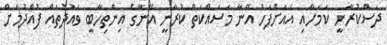
ދަސްކުރާނީ ކަމަށާއި އެއަށްފަހު އޭނާ މަސައްކަތް ކުރާނީ އޭނާގެ އިންތިހާބީ ވައުދުތައް ފުއްދުމަށް